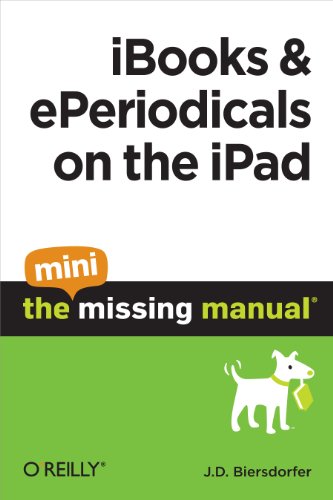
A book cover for iBooks and ePeriodicals on the iPad: The Mini Missing Manual; J. D. Biersdorfer; Computers & Technology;